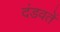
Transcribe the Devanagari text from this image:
दंडवतें